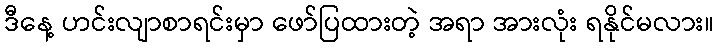
ဒီနေ့ ဟင်းလျာစာရင်းမှာ ဖော်ပြထားတဲ့ အရာ အားလုံး ရနိုင်မလား။